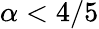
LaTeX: \alpha<4/5